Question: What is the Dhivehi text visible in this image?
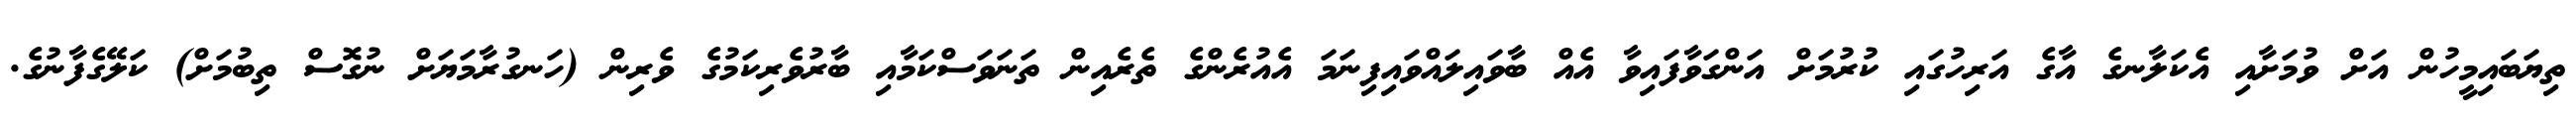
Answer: ތިޔަބައިމީހުން އަށް ވުމަށާއި އެކަލާނގެ އާގެ އަރިހުގައި ކުރުމަށް އަންގަވާފައިވާ އެއް ބާވައިލައްވައިފިނަމަ އެއުރެންގެ ތެރެއިން ތަނަވަސްކަމާއި ބާރުވެރިކަމުގެ ވެރިން (ހަނގުރާމަޔަށް ނުގޮސް ތިބުމަށް) ކަލޭގެފާނުގެ.